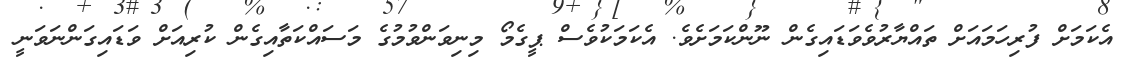
އެކަމަށް ފުރިހަމައަށް ތައްޔާރުވެވަޑައިގެން ނޫންކަމަށެވެ. އެކަމަކުވެސް ޕީގެމޯ މިނިވަންވުމުގެ މަސައްކަތާއިގެން ކުރިއަށް ވަޑައިގަންނަވަނީ